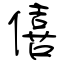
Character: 僖